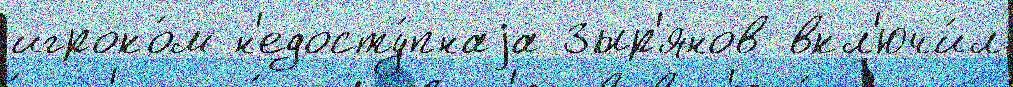
игроко́м н'едосту́пнаjа Зыр'янов вкл'ючи́л